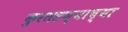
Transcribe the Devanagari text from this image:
कुरतडण्याच्या